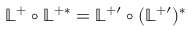
\mathbb { L } ^ { + } \circ \mathbb { L } ^ { + \ast } = \mathbb { L } ^ { + \prime } \circ ( \mathbb { L } ^ { + \prime } ) ^ { \ast }